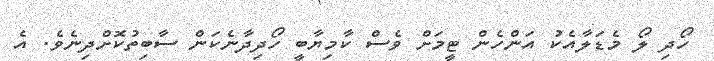
ހޯދި ލޯ މެޑަލާއެކު އަންހެން ޓީމަށް ވެސް ކާމިޔާބީ ހޯދިދާނެކަން ސާބިތުކޮށްދިނެވެ. އެ